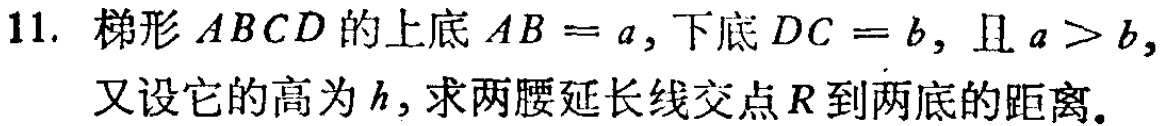
11. 梯形 \(ABCD\) 的上底 \(AB = a\)，下底 \(DC = b\)，且 \(a > b\)，又设它的高为 \(h\)，求两腰延长线交点 \(R\) 到两底的距离。